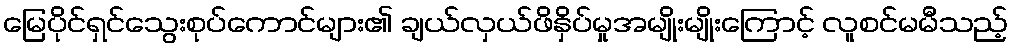
မြေပိုင်ရှင်သွေးစုပ်ကောင်များ၏ ချယ်လှယ်ဖိနှိပ်မှုအမျိုးမျိုးကြောင့် လူစင်မမီသည့်